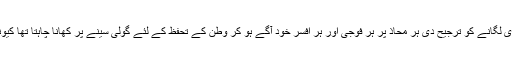
جس نے وطن کی سالمیت برقرار رکھنے کے لئے جان کی بازی لگانے کو ترجیح دی ہر محاذ پر ہر فوجی اور ہر افسر خود آگے ہو کر وطن کے تحفظ کے لئے گولی سینے پر کھانا چاہتا تھا کیونکہ پیٹھ پر وہی گولی کھاتے ہیں جو میدان سے بھاگ جاتےہیں۔